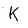
Character: K